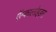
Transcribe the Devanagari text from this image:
ऍल्कालोइड़स